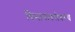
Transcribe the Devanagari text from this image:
विमानांबरोबरच